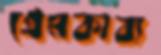
প্রেমকাব্য